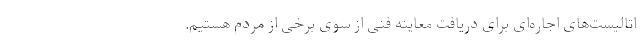
اتالیست‌های اجاره‌ای برای دریافت معاینه فنی از سوی برخی از مردم هستیم.